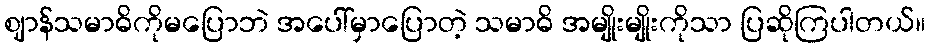
ဈာန်သမာဓိကိုမပြောဘဲ အပေါ်မှာပြောတဲ့ သမာဓိ အမျိုးမျိုးကိုသာ ပြဆိုကြပါတယ်။